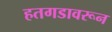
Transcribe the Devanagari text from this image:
हतगडावरून